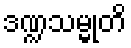
ဒဏ္ဍသမ္မုတိ